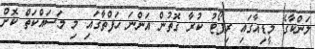
ލަންކާގެ މީޑިއާގައި ރިޕޯޓު ކުރާ ގޮތުން އަންނަ ހަފްތާގައި މި މަސައްކަތް ކޮށް